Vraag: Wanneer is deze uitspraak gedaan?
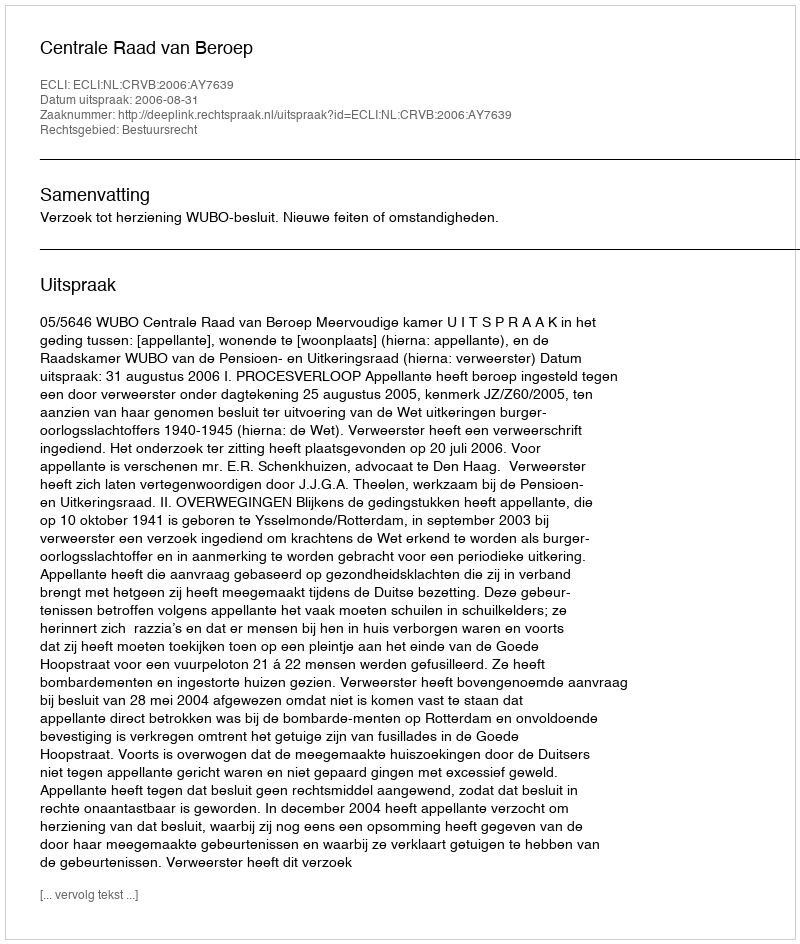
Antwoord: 2006-08-31